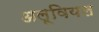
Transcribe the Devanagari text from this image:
अलूवियल